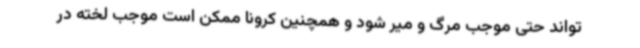
تواند حتی موجب مرگ و میر شود و همچنین کرونا ممکن است موجب لخته در